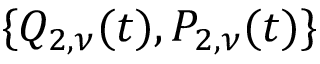
\{ Q _ { 2 , \nu } ( t ) , P _ { 2 , \nu } ( t ) \}